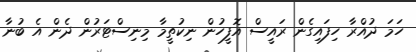
ހަމަ ދުއްރާ ހިފައިގެން ރައީސް އޮފީހުން ނިކުތީމާ މިނިސްޓަރުން ދެން އެ ބުނާ